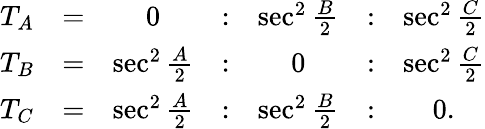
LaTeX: {\begin{array}{ccccccc}{T_{A}}&{=}&{0}&{:}&{\sec^{2}{\frac{B}{2}}}&{:}&{\sec^{2}{\frac{C}{2}}}\\ {T_{B}}&{=}&{\sec^{2}{\frac{A}{2}}}&{:}&{0}&{:}&{\sec^{2}{\frac{C}{2}}}\\ {T_{C}}&{=}&{\sec^{2}{\frac{A}{2}}}&{:}&{\sec^{2}{\frac{B}{2}}}&{:}&{0.}\end{array}}